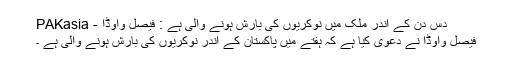
دس دن کے اندر ملک میں نوکریوں کی بارش ہونے والی ہے : فیصل واوڈا - PAKasia
فیصل واوڈا نے دعویٰ کیا ہے کہ ہفتے میں پاکستان کے اندر نوکریوں کی بارش ہونے والی ہے ۔